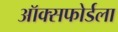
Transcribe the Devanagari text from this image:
ऑक्सफोर्डला